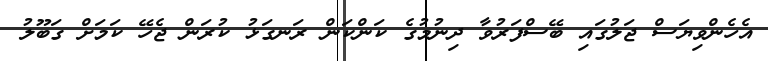
އެހެންވިޔަސް ޖަލުގައި ބޭސްފަރުވާ ދިނުމުގެ ކަންކަން ރަނގަޅު ކުރަން ޖެހޭ ކަމަށް ގަބޫލު